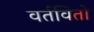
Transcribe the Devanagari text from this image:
वर्तवितो